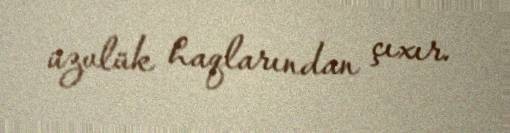
üzvlük haqlarından çıxır.